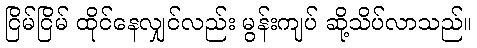
ငြိမ်ငြိမ် ထိုင်နေလျှင်လည်း မွန်းကျပ် ဆို့သိပ်လာသည်။